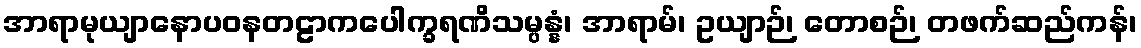
အာရာမုယျာနောပဝနတဠာကပေါက္ခရဏိသမ္ပန္နံ၊ အာရာမ်၊ ဥယျာဉ်၊ တောစဉ်၊ တဖက်ဆည်ကန်၊